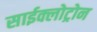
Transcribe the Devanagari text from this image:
साईक्लोट्रोन